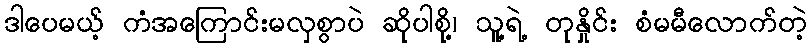
ဒါပေမယ့် ကံအကြောင်းမလှစွာပဲ ဆိုပါစို့၊ သူ့ရဲ့ တုနှိုင်း စံမမီလောက်တဲ့